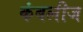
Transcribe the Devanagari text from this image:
कंबलीज